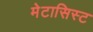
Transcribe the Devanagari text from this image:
मेटासिस्ट